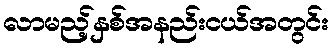
လာမည့်နှစ်အနည်းငယ်အတွင်း